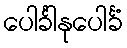
ပေါင်္ခါနုပေါင်္ခံ